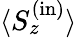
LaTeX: {\langle S_{z}^{\mathrm{(\mathrm{in})}}\rangle}